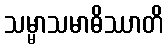
သမ္မာသမာဓိဿာတိ